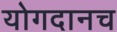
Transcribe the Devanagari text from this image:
योगदानच